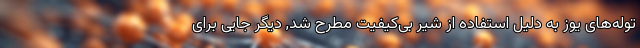
توله‌های یوز به دلیل استفاده از شیر بی‌کیفیت مطرح شد, دیگر جایی برای